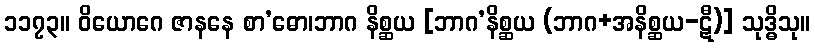
၁၁၇၃။ ဝိယောဂေ ဇာနနေ စာ’ဓော၊ဘာဂ နိစ္ဆယ [ဘာဂ’နိစ္ဆယ (ဘာဂ+အနိစ္ဆယ-ဋီ)] သုဒ္ဓိသု။